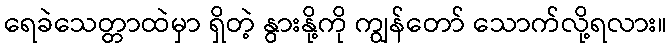
ရေခဲသေတ္တာထဲမှာ ရှိတဲ့ နွားနို့ကို ကျွန်တော် သောက်လို့ရလား။